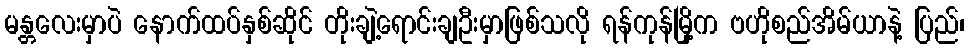
မန္တလေးမှာပဲ နောက်ထပ်နှစ်ဆိုင် တိုးချဲ့ရောင်းချဦးမှာဖြစ်သလို ရန်ကုန်မြို့က ဗဟိုစည်အိမ်ယာနဲ့ ပြည်၊